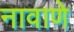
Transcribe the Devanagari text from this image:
नावाणे